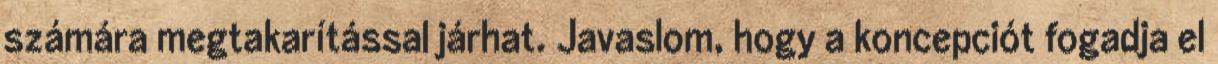
számára megtakarítással járhat. Javaslom, hogy a koncepciót fogadja el